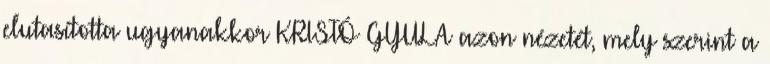
elutasította ugyanakkor KRISTÓ GYULA azon nézetét, mely szerint a